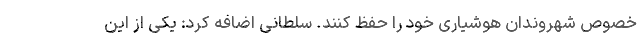
خصوص شهروندان هوشیاری خود را حفظ کنند. سلطانی اضافه کرد: یکی از این